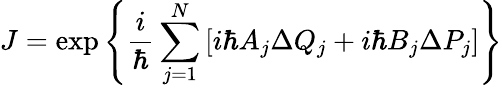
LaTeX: J=\exp\left\{ \frac{i}{\hbar}\sum_{j=1}^{N}\left[i\hbar A_{j}\Delta Q_{j}+i\hbar B_{j}\Delta P_{j}\right]\right\}